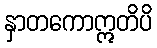
နှာတကောဣတိပိ